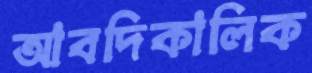
আবদিকালিক